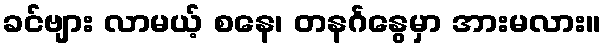
ခင်ဗျား လာမယ့် စနေ၊ တနင်္ဂနွေမှာ အားမလား။